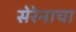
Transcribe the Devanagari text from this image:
सेरेनाचा